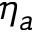
\eta _ { a }